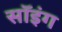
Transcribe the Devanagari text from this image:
सॉइंग